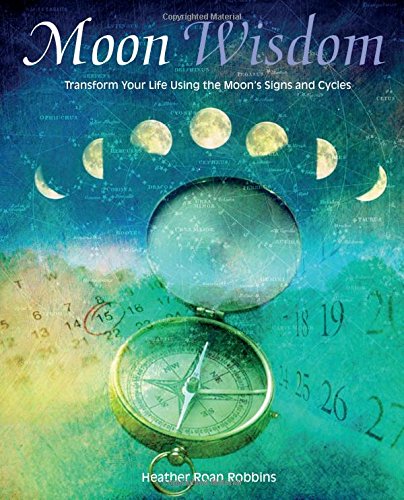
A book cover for Moon Wisdom: Transform Your Life Using the Moon's Signs and Cycles; Heather Roan Robbins; Religion & Spirituality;